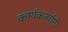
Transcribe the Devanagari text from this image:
कार्यकर्त्यांंनी